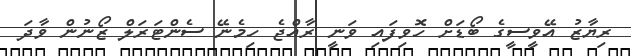
ރިޔާޒު އޭވީސީގެ ބޯޑަށް ހޮވިފައި ވަނީ ރާއްޖެ ހިމެނޭ ސެންޓަރަލް ޒޯނުން ވާދަ